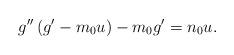
LaTeX: \begin{align*}g^{\prime \prime }\left( g^{\prime }-m_{0}u\right) -m_{0}g^{\prime }=n_{0}u.\end{align*}